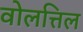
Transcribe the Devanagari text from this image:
वोलत्तिल